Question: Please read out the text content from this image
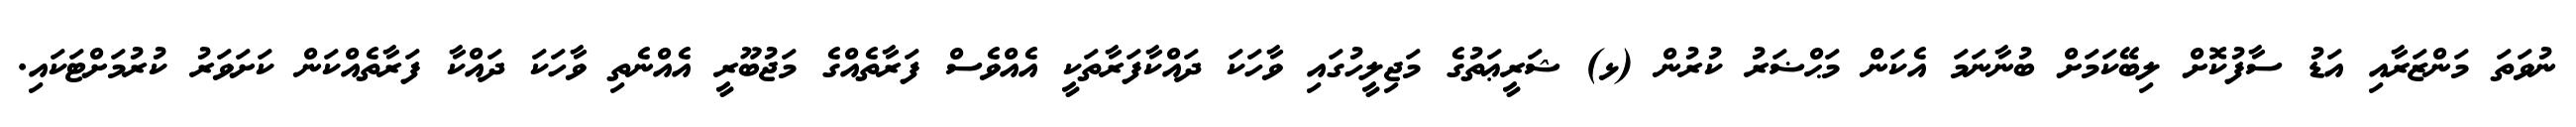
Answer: ނުވަތަ މަންޒަރާއި އަޑު ސާފުކޮށް ލިބޭކަމަށް ބުނާނަމަ އެކަން މަޙްޟަރު ކުރުން (ޅ) ޝަރީޢަތުގެ މަޖިލީހުގައި ވާހަކަ ދައްކާފަރާތަކީ އެއްވެސް ފަރާތެއްގެ މަޖުބޫރީ އެއްނެތި ވާހަކަ ދައްކާ ފަރާތެއްކަން ކަށަވަރު ކުރުމަށްޓަކައި.